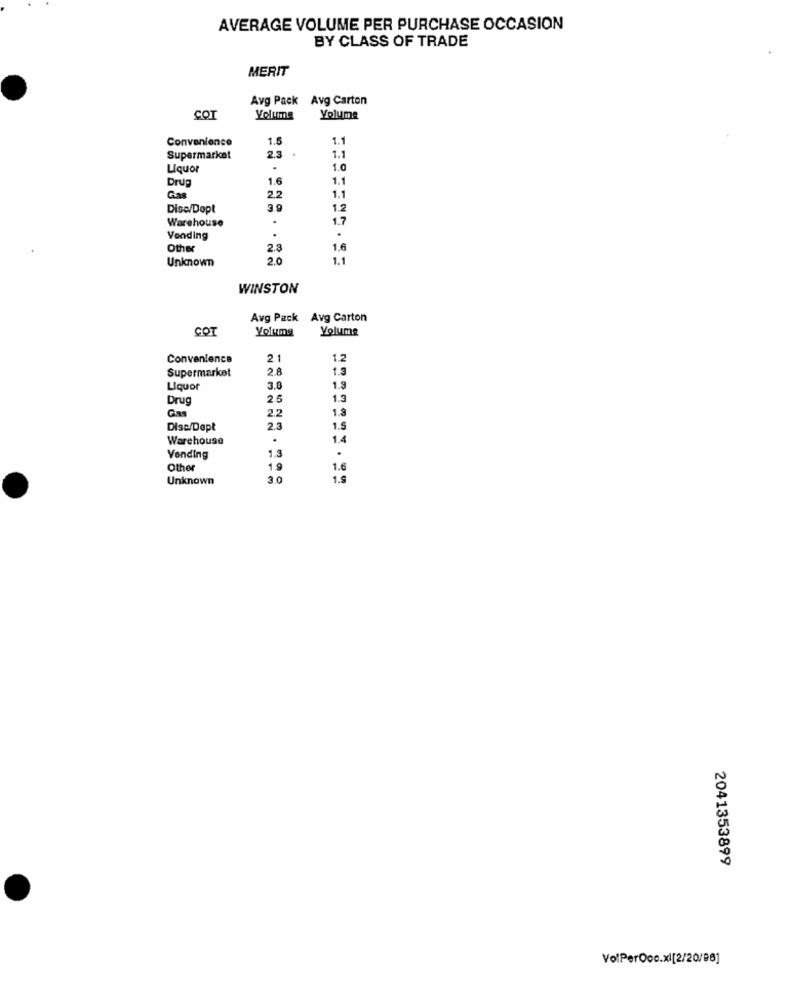
AVERAGE VOLUME PER PURCHASE OCCASION
BY CLASS OF TRADE
MERIT
Avg Pack Avg Carton
COT
Yolume
Yolume
Convenience
1.5
1.1
1.1
Supermarket
2.3
Liquor
1.0
Drug
1.6
1.1
1.1
Gas
2.2
Disc/Dopt
3.9
1.2
Warehouse
.
1.7
Vending
Other
2.3
1.6
Unknown
2.0
1.1
WINSTON
Avg Pack Avg Carton
COT
Yolumg
Yolume
Convenience
2.1
1.2
Supermarket
2.8
1.3
Liquor
3.8
1.8
Drug
2.5
1.3
Gas
2.2
1.2
Dise/Dept
2.3
1.5
Warehouse
.
1.4
1.3
.
Vending
Other
1.0
1.6
Unknown
3.0
1.9
2041353899
VolPerOcc.xl[2/20/98]